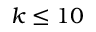
k \leq 1 0